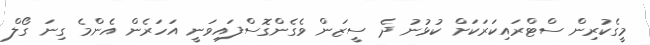
މީގެކުރިން ސްޓްރައިކަރަކަށް ކުޅުނު ދެ ސީޒަން ވެގެންގޮސްފައިވަނީ އަހަރެން އެންމެ ގިނަ ގޯލް